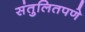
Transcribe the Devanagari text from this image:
संतुलितपणे